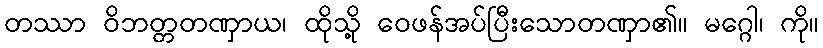
တဿာ ဝိဘတ္တတဏှာယ၊ ထိုသို့ ဝေဖန်အပ်ပြီးသောတဏှာ၏။ မဂ္ဂေါ၊ ကို။